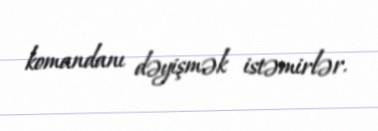
komandanı dəyişmək istəmirlər.